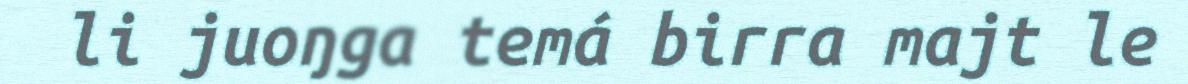
li juoŋga temá birra majt le